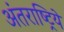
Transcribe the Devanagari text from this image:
अंतराष्ट्रिये